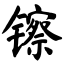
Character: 镲